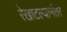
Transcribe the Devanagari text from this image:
रेखाटल्यानंतर